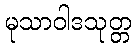
မုသာဝါဒသုတ္တ